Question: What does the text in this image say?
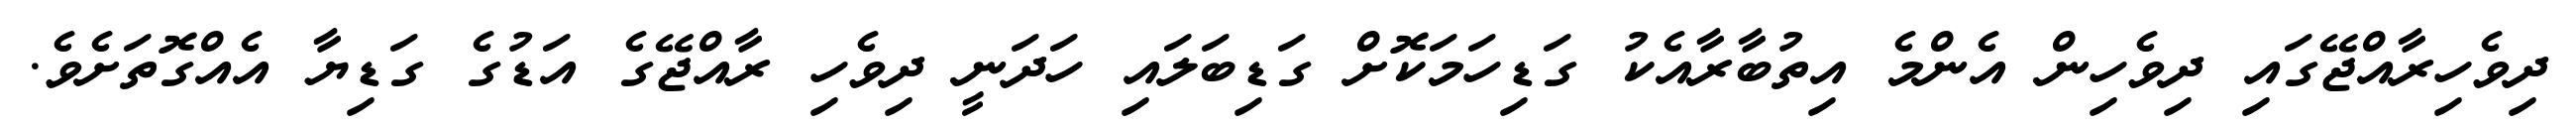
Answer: ދިވެހިރާއްޖޭގައި ދިވެހިން އެންމެ އިތުބާރާއެކު ގަޑިހަމަކޮށް ގަޑިބަލައި ހަދަނީ ދިވެހި ރާއްޖޭގެ އަޑުގެ ގަޑިޔާ އެއްގޮތަށެވެ.